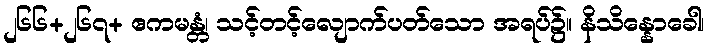
၂၆၆+၂၆၇+ ဧကမန္တံ၊ သင့်တင့်လျောက်ပတ်သော အရပ်၌။ နိသိန္နောခေါ၊